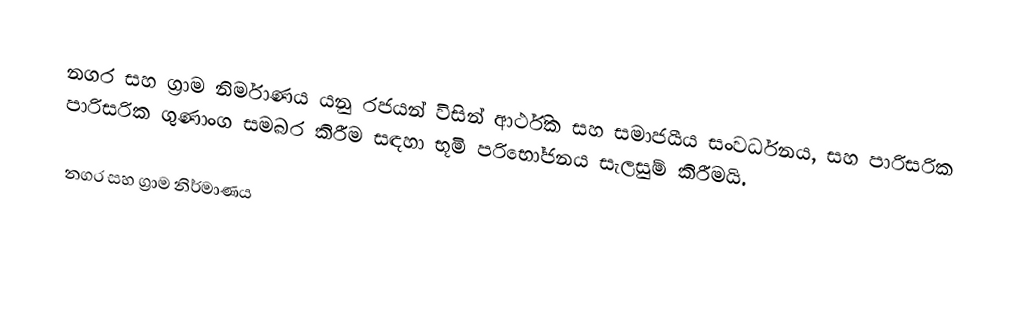
නගර සහ ග්‍රාම නිර්මාණය යනු රජයන් විසින්  ආර්ථික සහ සමාජයීය සංවර්ධනය, සහ පාරිසරික පාරිසරික ගුණාංග සමබර කිරීම  සඳහා භූමි පරිභෝජනය සැලසුම් කිරීමයි.

නගර සහ ග්‍රාම නිර්මාණය